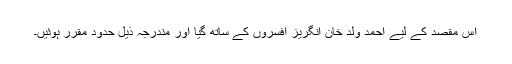
اس مقصد کے لیے احمد ولد خان انگریز افسروں کے ساتھ گیا اور مندرجہ ذیل حدود مقرر ہوئیں۔